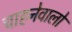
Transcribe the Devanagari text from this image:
चाहनेवालो